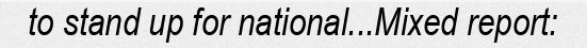
to stand up for national...Mixed report: